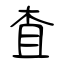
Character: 査